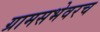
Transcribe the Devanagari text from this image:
ग्रामसभेवरच